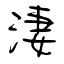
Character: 淒